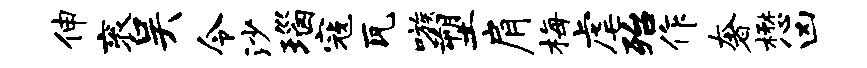
伸衮吴令沙瑙寇瓦嗾塑肩梅虐殆作奢懋凶